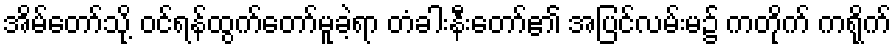
အိမ်တော်သို့ ဝင်ရန်ထွက်တော်မူခဲ့ရာ တံခါးနီးတော်၏ အပြင်လမ်းမ၌ ကတိုက် ကရိုက်